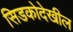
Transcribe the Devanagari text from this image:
सिडकोदेखील